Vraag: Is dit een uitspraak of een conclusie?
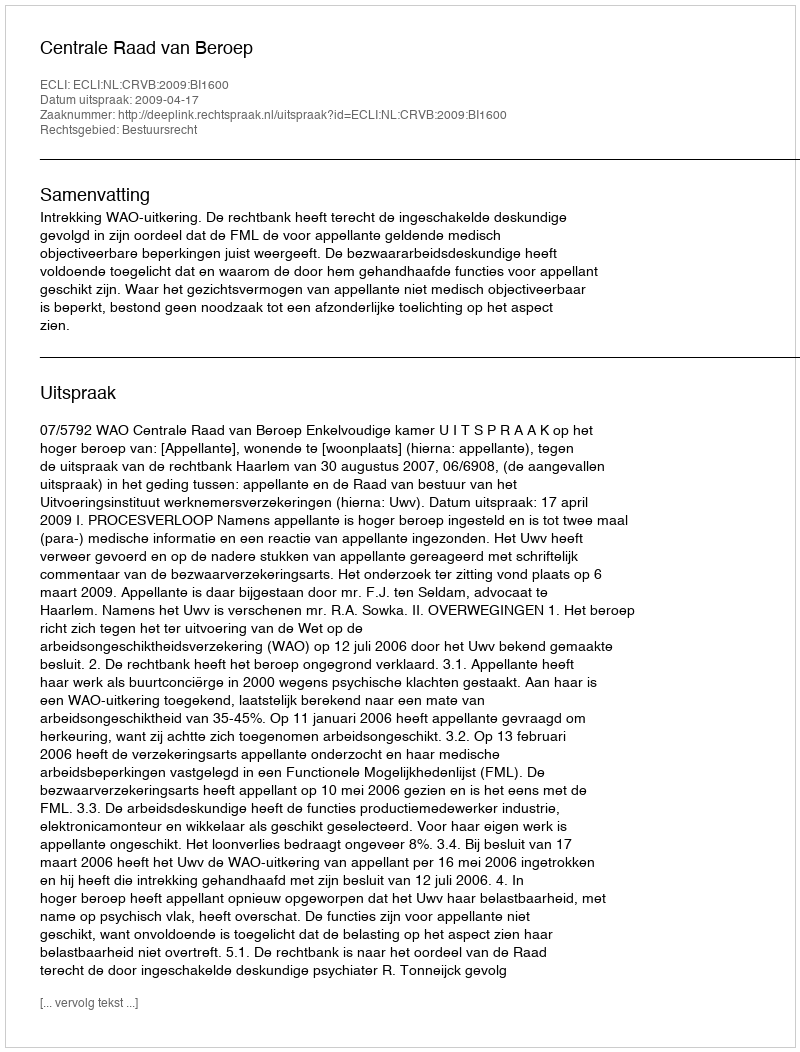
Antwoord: Uitspraak